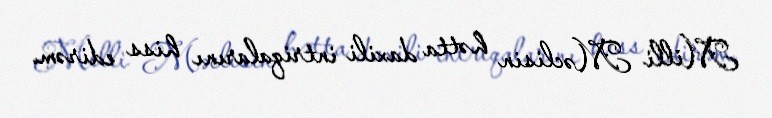
Milli Məclisin hətta daxili intriqalarını hiss edirəm.